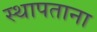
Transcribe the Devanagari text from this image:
स्थापताना